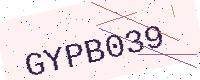
Text: GYPB039